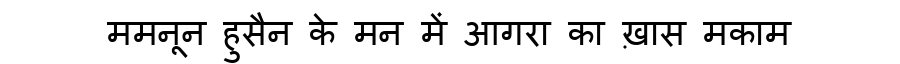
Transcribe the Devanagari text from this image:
ममनून हुसैन के मन में आगरा का ख़ास मकाम